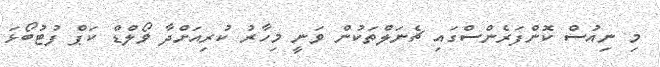
މި ނިއުސް ކޮންފަރެންސްގައި ޗެނަލްތަކުން ވަނީ މިހާރު ކުރިއަށްދާ ވޯލްޑް ކަޕް ފުޓުބޯޅަ